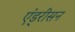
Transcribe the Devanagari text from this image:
एंड्रीसन